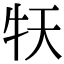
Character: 𤘠